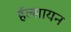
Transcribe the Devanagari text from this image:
हॅल्सायन